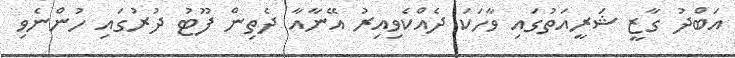
އަބްދު ގާޒީ ޝަރީއަތުގައި ވާހަކަ ދެއްކެވިއިރު އޭނާއާ ދެތިން ފޫޓު ދުރުގައި ހުންނެވި